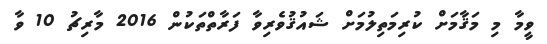
ވީމާ މި މަޤާމަށް ކުރިމަތިލުމަށް ޝައުޤުވެރިވާ ފަރާތްތަކުން 2016 މާރިޗު 10 ވާ